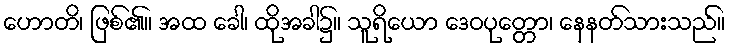
ဟောတိ၊ ဖြစ်၏။ အထ ခေါ၊ ထိုအခါ၌။ သူရိယော ဒေဝပုတ္တော၊ နေနတ်သားသည်။